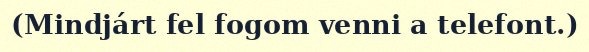
(Mindjárt fel fogom venni a telefont.)